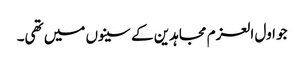
جو اول العزم مجاہدین کے سینوں میں تھی۔